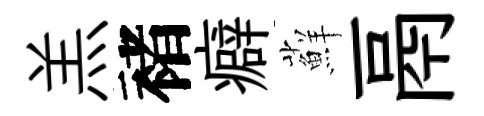
羔褚癖蘚鬲